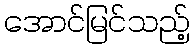
အောင်မြင်သည့်